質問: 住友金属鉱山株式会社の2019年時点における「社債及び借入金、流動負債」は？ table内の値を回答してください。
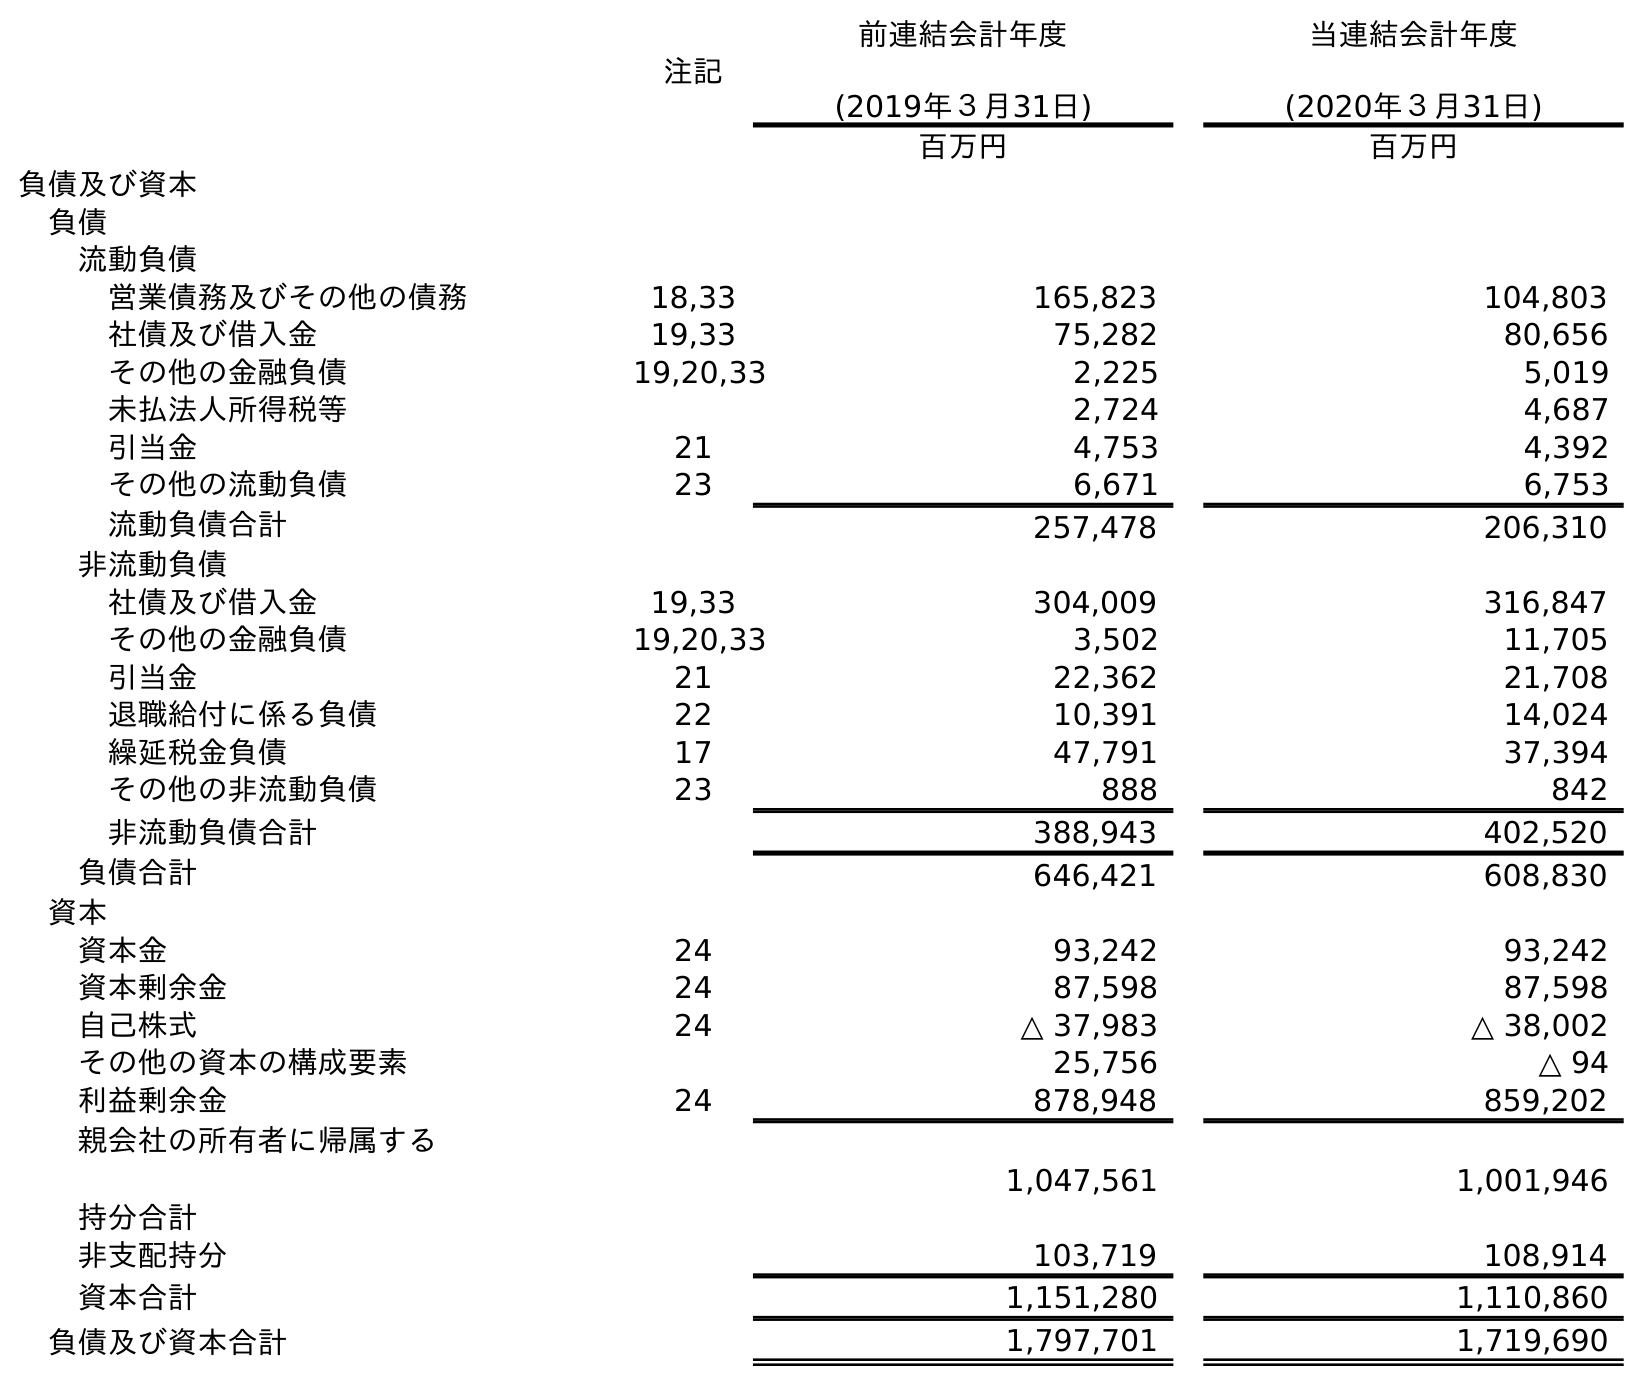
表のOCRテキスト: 注記 前連結会計年度 (2019年３月31日) 当連結会計年度 (2020年３月31日) 百万円 百万円 負債及び資本 負債 流動負債 営業債務及びその他の債務 18,33 165,823 104,803 社債及び借入金 19,33 75,282 80,656 その他の金融負債 19,20,33 2,225 5,019 未払法人所得税等 2,724 4,687 引当金 21 4,753 4,392 その他の流動負債 23 6,671 6,753 流動負債合計 257,478 206,310 非流動負債 社債及び借入金 19,33 304,009 316,847 その他の金融負債 19,20,33 3,502 11,705 引当金 21 22,362 21,708 退職給付に係る負債 22 10,391 14,024 繰延税金負債 17 47,791 37,394 その他の非流動負債 23 888 842 非流動負債合計 388,943 402,520 負債合計 646,421 608,830 資本 資本金 24 93,242 93,242 資本剰余金 24 87,598 87,598 自己株式 24 △ 37,983 △ 38,002 その他の資本の構成要素 25,756 △ 94 利益剰余金 24 878,948 859,202 親会社の所有者に帰属する 持分合計 1,047,561 1,001,946 非支配持分 103,719 108,914 資本合計 1,151,280 1,110,860 負債及び資本合計 1,797,701 1,719,690
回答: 75,282